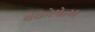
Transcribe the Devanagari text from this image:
वक्ररेषेला